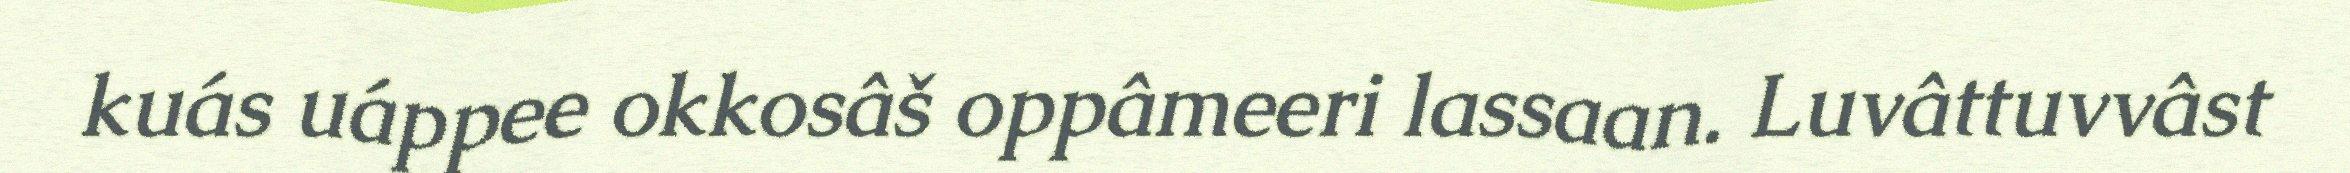
kuás uáppee okkosâš oppâmeeri lassaan. Luvâttuvvâst